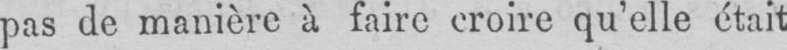
pas de manière à faire croire qu’elle était